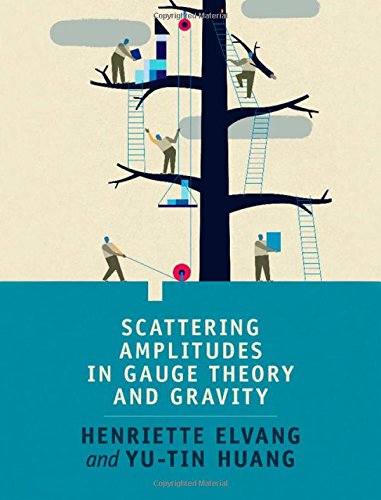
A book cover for Scattering Amplitudes in Gauge Theory and Gravity; Henriette Elvang; Science & Math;